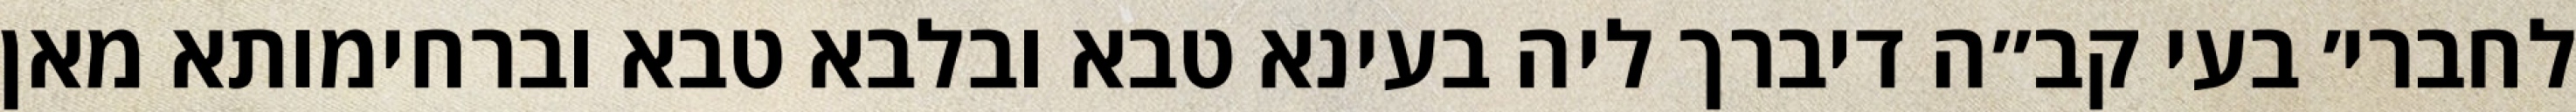
לחברי׳ בעי קב״ה דיברך ליה בעינא טבא ובלבא טבא וברחימותא מאן